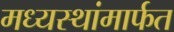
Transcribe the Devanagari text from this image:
मध्यस्थांमार्फत